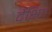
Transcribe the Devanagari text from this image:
देक्ष्णि